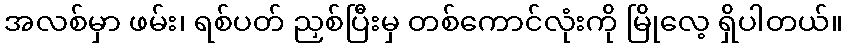
အလစ်မှာ ဖမ်း၊ ရစ်ပတ် ညှစ်ပြီးမှ တစ်ကောင်လုံးကို မြိုလေ့ ရှိပါတယ်။